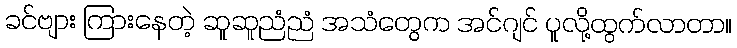
ခင်ဗျား ကြားနေတဲ့ ဆူဆူညံညံ အသံတွေက အင်ဂျင် ပူလို့ထွက်လာတာ။